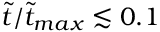
\tilde { t } / \tilde { t } _ { m a x } \lesssim 0 . 1